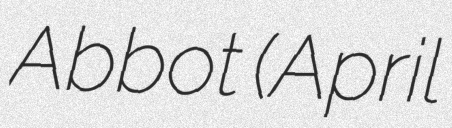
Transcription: Abbot (April